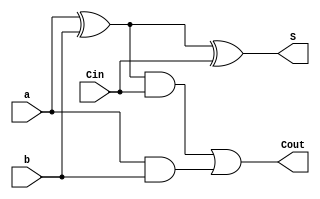
module full_adder (  
		  input a, b,  
                  input Cin, 
		  output S ,
                  output Cout
                  );  
 wire s0,c0,c1;
 assign s0 = a^b;
 assign c0 = a&b;
 assign S = s0 ^ Cin;
 assign Cout = (s0 & Cin) | c0;
endmodule  

module CLA_4bit(
   input [3:0] x,
   input [3:0] y,   
   input cO,
   output [3:0]  s,
   output p,g
);
assign s = x+y+cO;
assign g = 
(x[3]&y[3])|
(x[2]&y[2]&(x[3]|y[3]))|
(x[0]&y[0]&(x[3]|y[3])&(x[2]|y[2]))|
(x[0]&y[0]&(x[3]|y[3])&(x[2]|y[2])&(x[1]|y[1]));
assign p = (x[3]|y[3])&(x[2]|y[2])&(x[1]|y[1])&(x[0]|y[0]) ;
endmodule

module CLA_adder
  #(parameter WIDTH = 32)
  (
   input [WIDTH-1:0] A,
   input [WIDTH-1:0] B,   
   input Cin,
   output [WIDTH-1:0]  Sum,
   output Cout,
   output Overflow
   );
  wire [(WIDTH/4):0]   Cin_P;
  wire [(WIDTH/4)-1:0]   w_G, w_P;
  
  



  genvar j;
  generate
    for (j=0; j < WIDTH/4; j=j+1) 
      begin
	      CLA_4bit stage1(A[3+j*4:j*4],B[3+j*4:j*4],Cin_P[j],Sum[3+j*4:j*4],w_P[j],w_G[j]);
        assign Cin_P[j+1] = w_G[j] | (w_P[j] & Cin_P[j]);
      end
  endgenerate
  
  assign Cin_P[0] = Cin; 
  assign Cout = Cin_P[(WIDTH/4)];   
  assign Overflow = ~(A[WIDTH - 1] ^ B[WIDTH - 1]) & (A[WIDTH - 1] ^ Sum[WIDTH - 1]);

endmodule